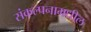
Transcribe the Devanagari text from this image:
संकल्पनामधील